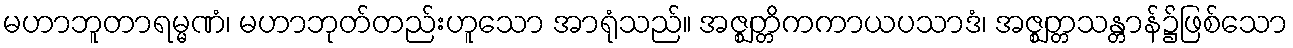
မဟာဘူတာရမ္မဏံ၊ မဟာဘုတ်တည်းဟူသော အာရုံသည်။ အဇ္ဈတ္တိကကာယပသာဒံ၊ အဇ္ဈတ္တသန္တာန်၌ဖြစ်သော